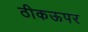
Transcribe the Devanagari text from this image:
ठीकऊपर